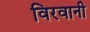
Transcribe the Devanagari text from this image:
विरवानी